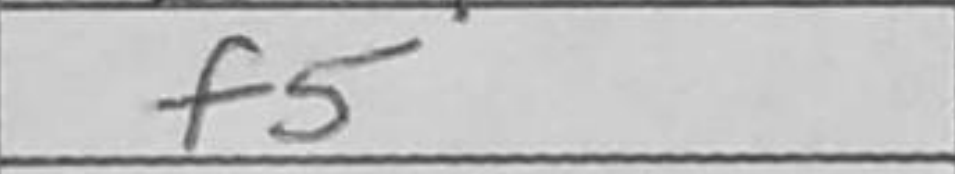
Transcription: f5